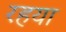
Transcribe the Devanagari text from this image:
रहया